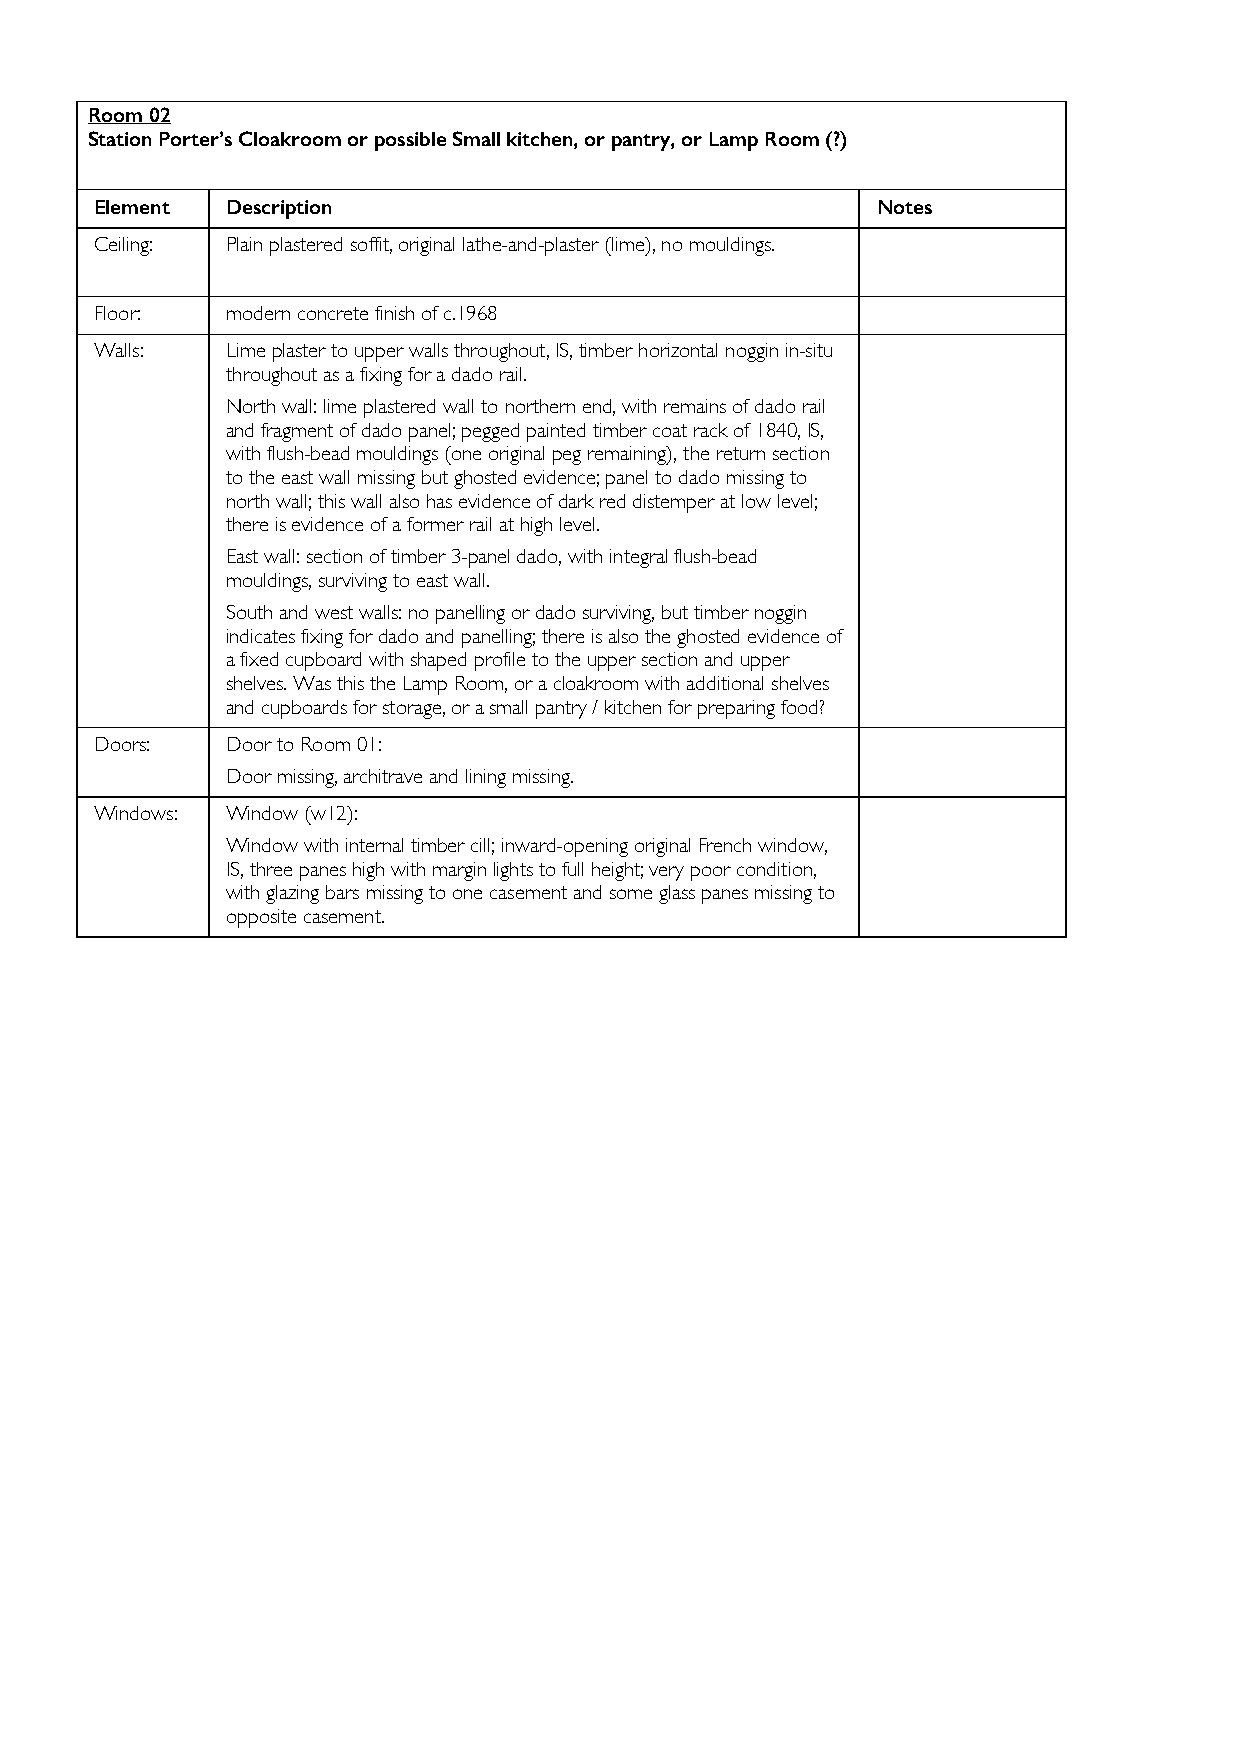
Room 02
 Station Porter’s Cloakroom or possible Small kitchen, or pantry, or Lamp Room (?)
 Element  Description                                Notes
 Ceiling: Plain plastered soffit, original lathe-and-plaster (lime), no mouldings.
 Floor:   modern concrete finish of c.1968
 Walls:   Lime plaster to upper walls throughout, IS, timber horizontal noggin in-situ
 throughout as a fixing for a dado rail.
 North wall: lime plastered wall to northern end, with remains of dado rail
 and fragment of dado panel; pegged painted timber coat rack of 1840, IS,
 with flush-bead mouldings (one original peg remaining), the return section
 to the east wall missing but ghosted evidence; panel to dado missing to
 north wall; this wall also has evidence of dark red distemper at low level;
 there is evidence of a former rail at high level.
 East wall: section of timber 3-panel dado, with integral flush-bead
 mouldings, surviving to east wall.
 South and west walls: no panelling or dado surviving, but timber noggin
 indicates fixing for dado and panelling; there is also the ghosted evidence of
 a fixed cupboard with shaped profile to the upper section and upper
 shelves. Was this the Lamp Room, or a cloakroom with additional shelves
 and cupboards for storage, or a small pantry / kitchen for preparing food?
 Doors:   Door to Room 01:
 Door missing, architrave and lining missing.
 Windows: Window (w12):
 Window with internal timber cill; inward-opening original French window,
 IS, three panes high with margin lights to full height; very poor condition,
 with glazing bars missing to one casement and some glass panes missing to
 opposite casement.